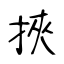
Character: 挾